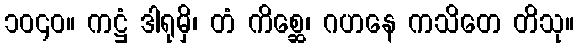
၁၀၄၀။ ကဋ္ဌံ ဒါရုမှိ၊ တံ ကိစ္ဆေ၊ ဂဟနေ ကသိတေ တိသု။